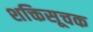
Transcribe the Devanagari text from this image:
शक्तिसूचक